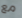
مع